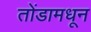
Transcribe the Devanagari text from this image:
तोंडामधून